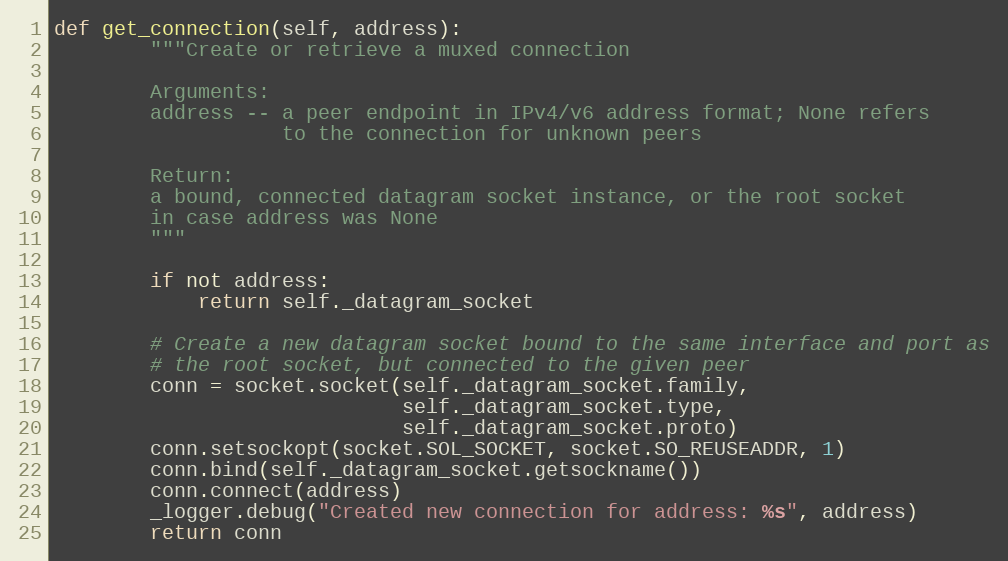
Language: Python
def get_connection(self, address):
        """Create or retrieve a muxed connection

        Arguments:
        address -- a peer endpoint in IPv4/v6 address format; None refers
                   to the connection for unknown peers

        Return:
        a bound, connected datagram socket instance, or the root socket
        in case address was None
        """

        if not address:
            return self._datagram_socket

        # Create a new datagram socket bound to the same interface and port as
        # the root socket, but connected to the given peer
        conn = socket.socket(self._datagram_socket.family,
                             self._datagram_socket.type,
                             self._datagram_socket.proto)
        conn.setsockopt(socket.SOL_SOCKET, socket.SO_REUSEADDR, 1)
        conn.bind(self._datagram_socket.getsockname())
        conn.connect(address)
        _logger.debug("Created new connection for address: %s", address)
        return conn